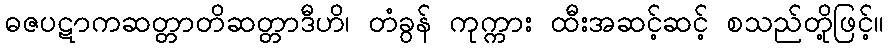
ဓဇပဋာကဆတ္တာတိဆတ္တာဒီဟိ၊ တံခွန် ကုက္ကား ထီးအဆင့်ဆင့် စသည်တို့ဖြင့်။